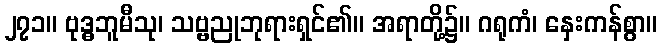
၂၇၁။ ဗုဒ္ဓဘူမီသု၊ သဗ္ဗညုဘုရားရှင်၏။ အရာတို့၌။ ဂရုကံ၊ နှေးကန်စွာ။